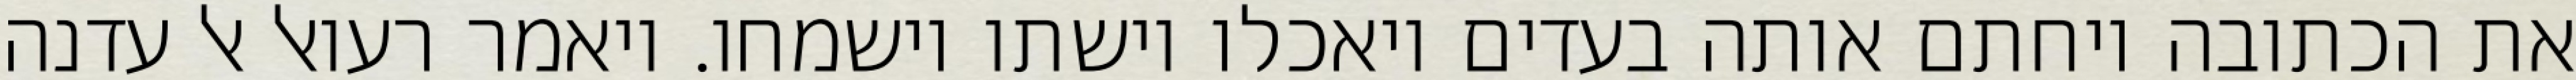
את הכתובה ויחתם אותה בעדים ויאכלו וישתו וישמחו. ויאמר רעואל אל עדנה